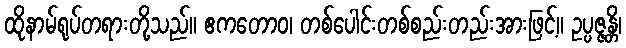
ထိုနာမ်ရုပ်တရားတို့သည်။ ဧကတောဝ၊ တစ်ပေါင်းတစ်စည်းတည်းအားဖြင့်။ ဥပ္ပဇ္ဇန္တိ၊